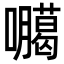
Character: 𭌫